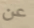
عن